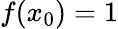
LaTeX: f(x_{0})=1